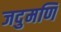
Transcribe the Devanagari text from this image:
जदुमणि